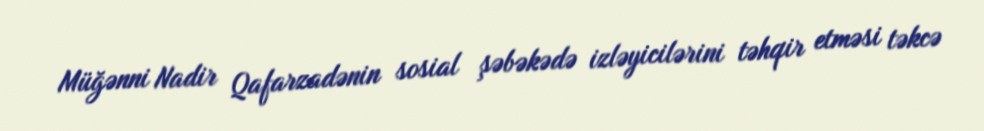
Müğənni Nadir Qafarzadənin sosial şəbəkədə izləyicilərini təhqir etməsi təkcə